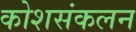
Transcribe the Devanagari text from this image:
कोशसंकलन